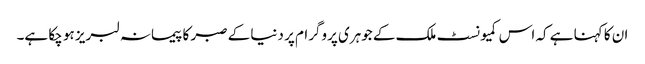
ان کا کہنا ہے کہ اس کمیونسٹ ملک کے جوہری پروگرام پر دنیا کے صبر کا پیمانہ لبریز ہو چکا ہے۔